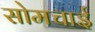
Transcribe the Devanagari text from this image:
सोमचाई